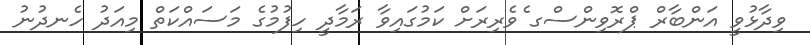
ވިދާޅުވީ އަންބާރް ޕްރޮވިންސްގ ެވެރިރަށް ކަމުގައިވާ ރަމާދީ ހިފުމުގެ މަސައްކަތް މިއަދު ހެނދުނު